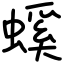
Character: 螇